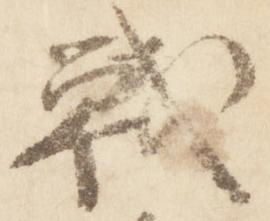
戦